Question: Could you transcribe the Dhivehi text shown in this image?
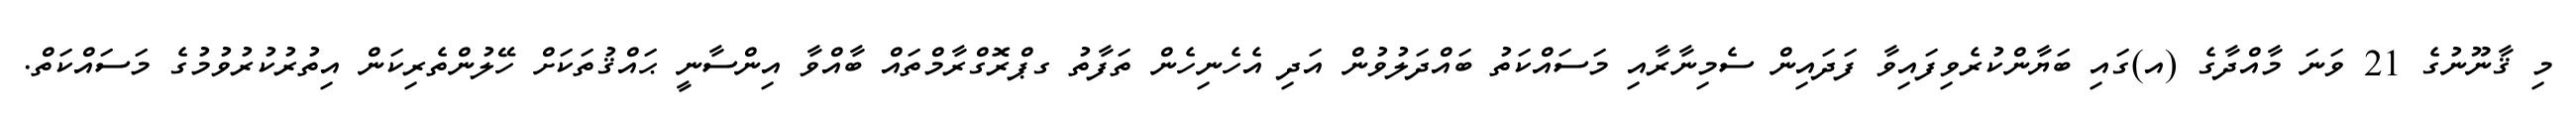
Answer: މި ޤާނޫނުގެ 21 ވަނަ މާއްދާގެ (އ)ގައި ބަޔާންކުރެވިފައިވާ ފަދައިން ސެމިނާރާއި މަސައްކަތު ބައްދަލުވުން އަދި އެހެނިހެން ތަފާތު ގޕްރޮގްރާމްތައް ބާއްވާ އިންސާނީ ޙައްޤުތަކަށް ހޭލުންތެރިކަން އިތުރުކުރުވުމުގެ މަސައްކަތް.